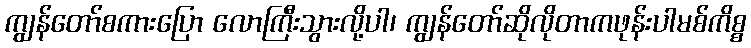
ကျွန်တော်စကားပြော လောကြီးသွားလို့ပါ၊ ကျွန်တော်ဆိုလိုတာကဖုန်းပါမစ်ကိစ္စ